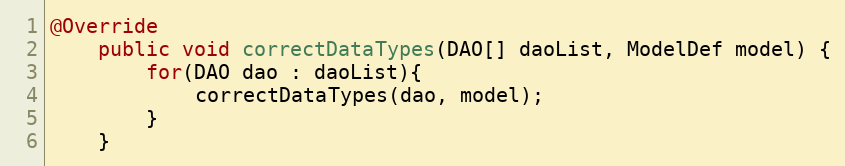
Language: Java
@Override
	public void correctDataTypes(DAO[] daoList, ModelDef model) {
		for(DAO dao : daoList){
			correctDataTypes(dao, model);
		}
	}